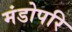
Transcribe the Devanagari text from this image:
मंडोपरि